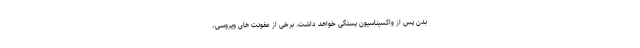
بدن پس از واکسیناسیون بستگی خواهد داشت. برخی از عفونت های ویروسی،